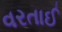
વરતાઈ